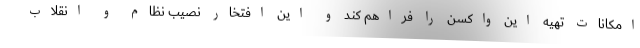
امکانات تهیه این واکسن را فراهم کند و این افتخار نصیب نظام و انقلاب